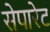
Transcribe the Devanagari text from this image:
सेपारेट